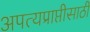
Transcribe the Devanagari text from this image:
अपत्यप्राप्तीसाठी